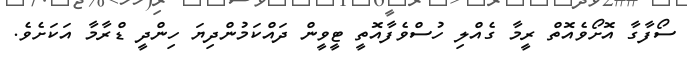
ސޯފާގާ އޮށޯވެއޮތް ރީމާ ގެއްލި ހުސްވެފާއޮތީ ޓީވީން ދައްކަމުންދިޔަ ހިންދީ ޑްރާމާ އަކަށެވެ.